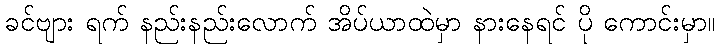
ခင်ဗျား ရက် နည်းနည်းလောက် အိပ်ယာထဲမှာ နားနေရင် ပို ကောင်းမှာ။